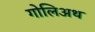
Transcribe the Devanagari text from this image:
गोलिअथ